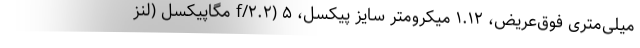
میلی‌متری فوق‌عریض، ۱.۱۲ میکرومتر سایز پیکسل، f/۲.۲) ۵ مگاپیکسل (لنز